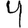
Digit: 4